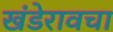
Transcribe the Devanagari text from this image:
खंडेरावचा